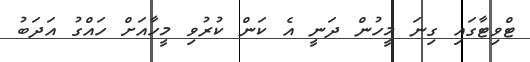
ޓްވިޓާގައި ގިނަ މީހުން ދަނީ އެ ކަން ކުރުވި މީހާއަށް ހައްގު އަދަބު